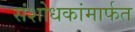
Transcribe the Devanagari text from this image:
संशोधकांमार्फत